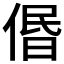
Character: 𠊽